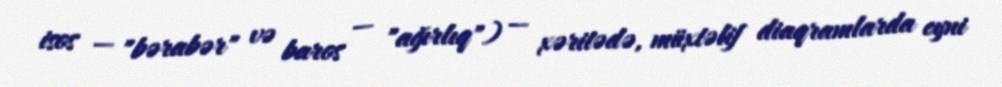
isos — "bərabər" və baros — "ağırlıq") — xəritədə, müxtəlif diaqramlarda eyni